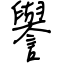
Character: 譽